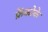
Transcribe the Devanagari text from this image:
फ्रेंकोके